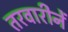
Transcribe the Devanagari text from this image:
तरवारीनें